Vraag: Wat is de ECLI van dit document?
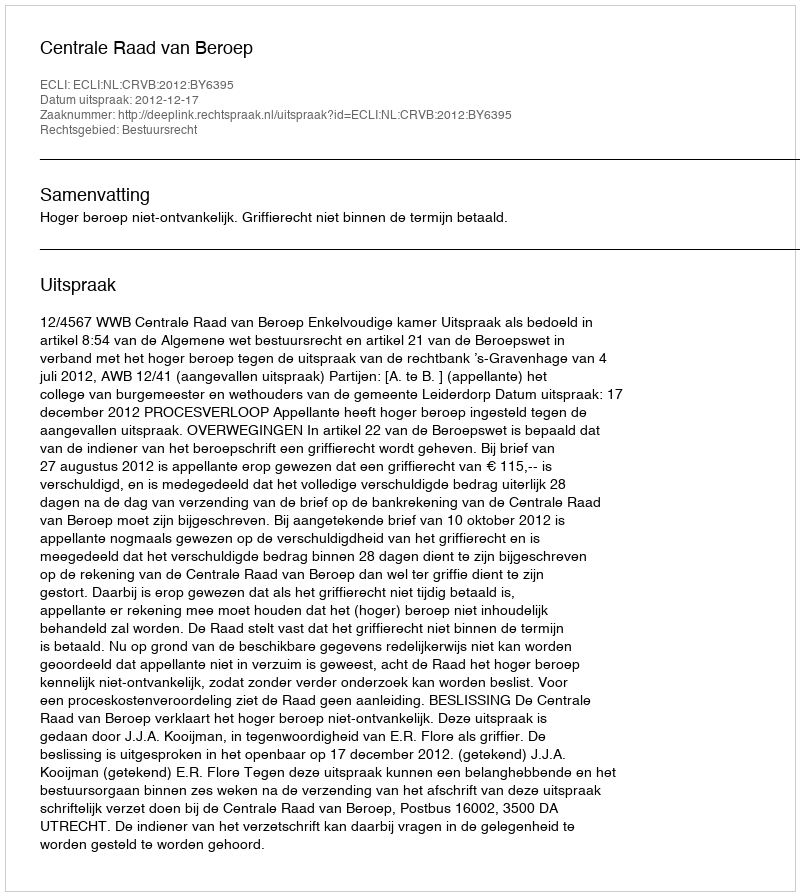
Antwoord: ECLI:NL:CRVB:2012:BY6395